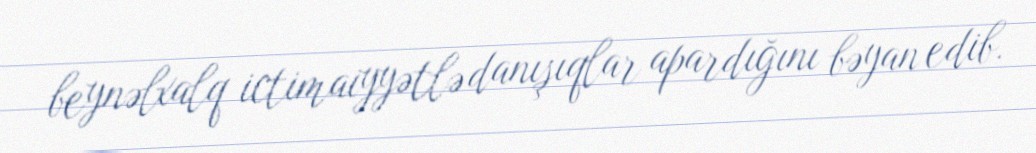
beynəlxalq ictimaiyyətlə danışıqlar apardığını bəyan edib.